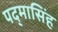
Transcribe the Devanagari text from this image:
पद्‌मासिंह